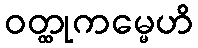
ဝတ္ထုကမ္မေဟိ